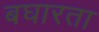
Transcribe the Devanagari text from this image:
बघारता